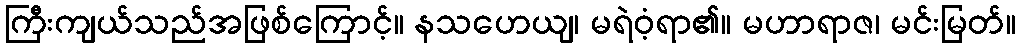
ကြီးကျယ်သည်အဖြစ်ကြောင့်။ နသဟေယျ၊ မရဲဝံ့ရာ၏။ မဟာရာဇ၊ မင်းမြတ်။